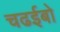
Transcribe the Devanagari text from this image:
चढईबो